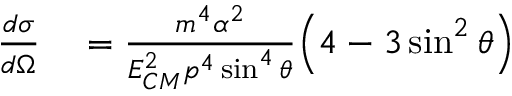
\begin{array} { r l } { { \frac { d \sigma } { d \Omega } } } & { { } = { \frac { m ^ { 4 } \alpha ^ { 2 } } { E _ { C M } ^ { 2 } p ^ { 4 } \sin ^ { 4 } \theta } } { \Big ( } 4 - 3 \sin ^ { 2 } \theta { \Big ) } } \end{array}